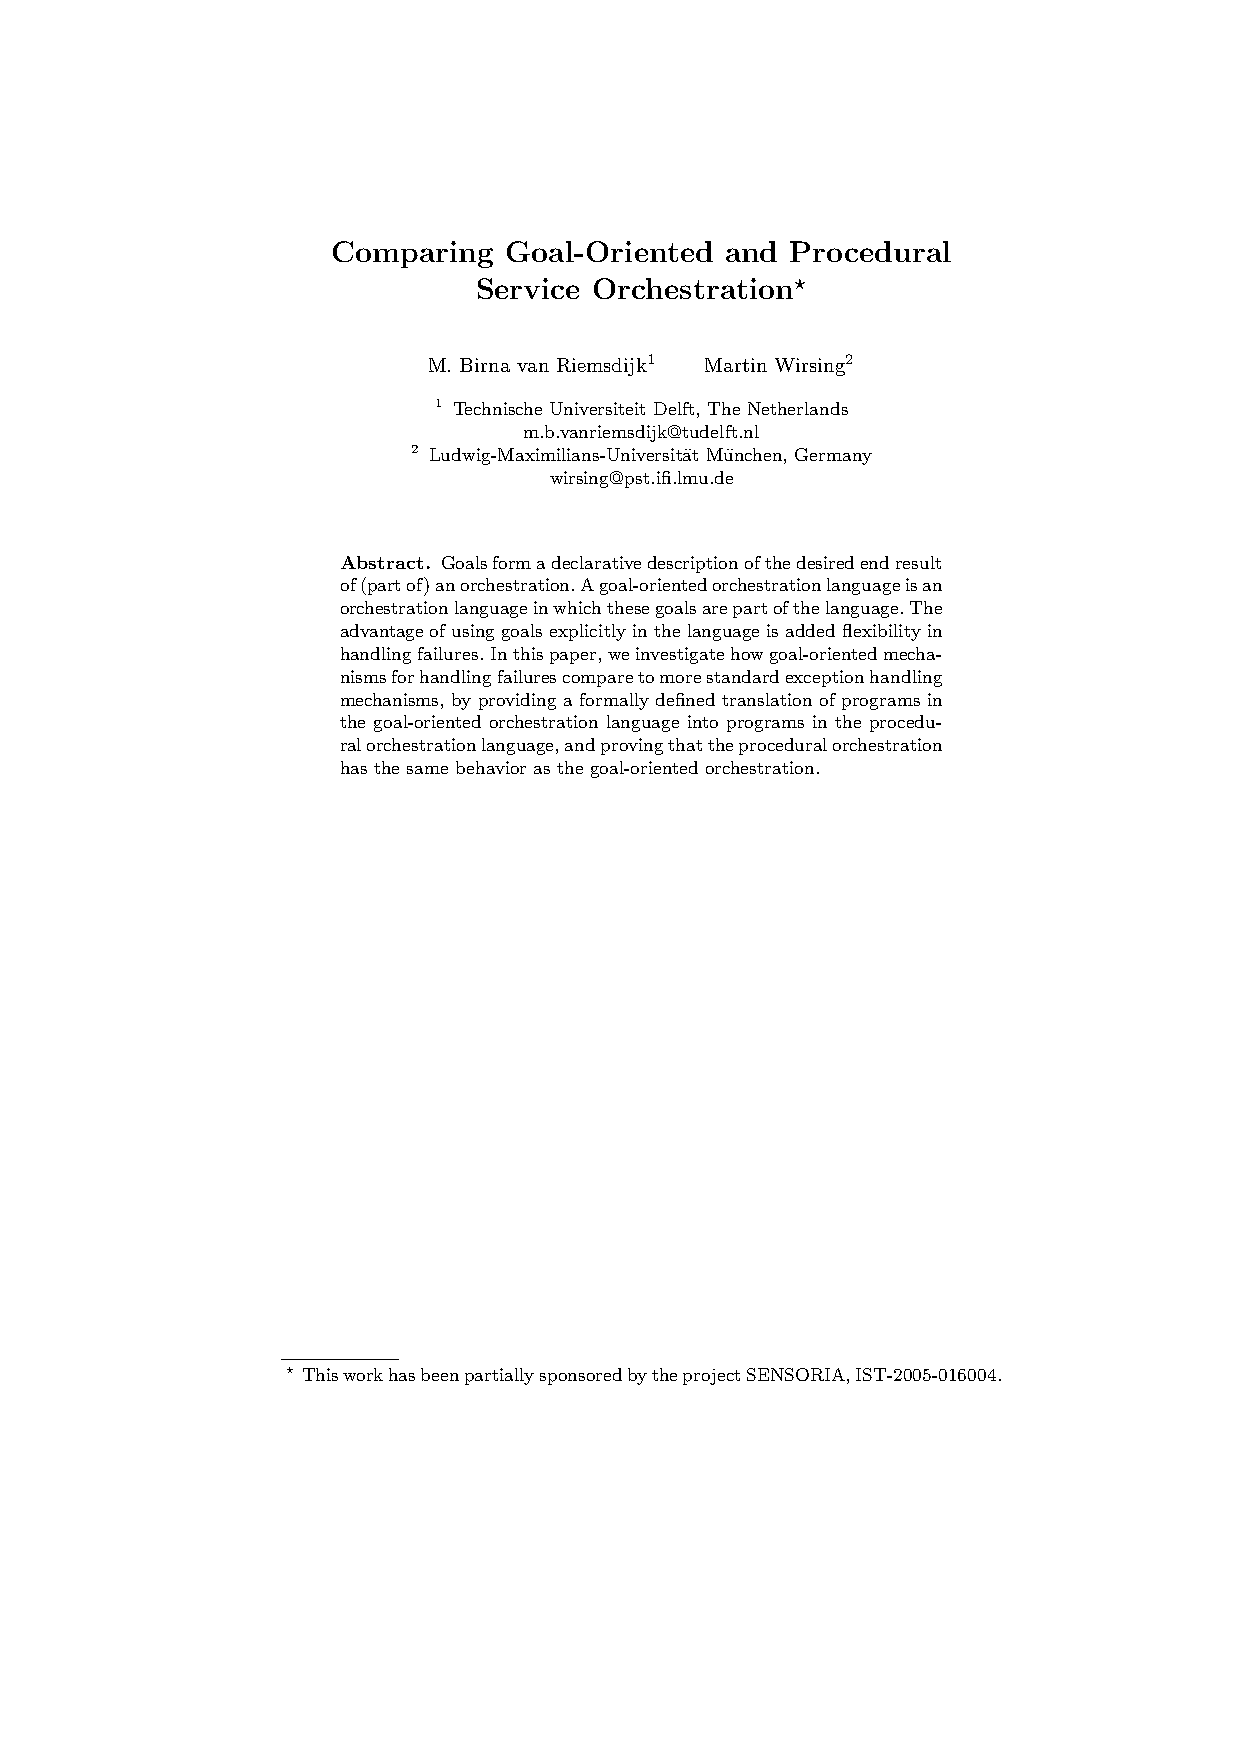
Comparing  Goal-Oriented  and Procedural
 Service Orchestration?
 M. Birna van Riemsdijk1 Martin Wirsing2
 1 Technische Universiteit Delft, The Netherlands
 m.b.vanriemsdijk@tudelft.nl
 2 Ludwig-Maximilians-Universit¨at Mu¨nchen, Germany
 wirsing@pst.ifi.lmu.de
 Abstract. Goalsformadeclarativedescriptionofthedesiredendresult
 of(partof)anorchestration.Agoal-orientedorchestrationlanguageisan
 orchestrationlanguageinwhichthesegoalsarepartofthelanguage.The
 advantageofusinggoalsexplicitlyinthelanguageisaddedflexibilityin
 handlingfailures.Inthispaper,weinvestigatehowgoal-orientedmecha-
 nismsforhandlingfailurescomparetomorestandardexceptionhandling
 mechanisms, by providing a formally defined translation of programs in
 the goal-oriented orchestration language into programs in the procedu-
 ralorchestrationlanguage,andprovingthattheproceduralorchestration
 has the same behavior as the goal-oriented orchestration.
 ? ThisworkhasbeenpartiallysponsoredbytheprojectSENSORIA,IST-2005-016004.